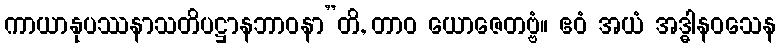
ကာယာနုပဿနာသတိပဋ္ဌာနဘာဝနာ”တိ, တာဝ ယောဇေတဗ္ဗံ။ ဧဝံ အယံ အဒ္ဓါနဝသေန